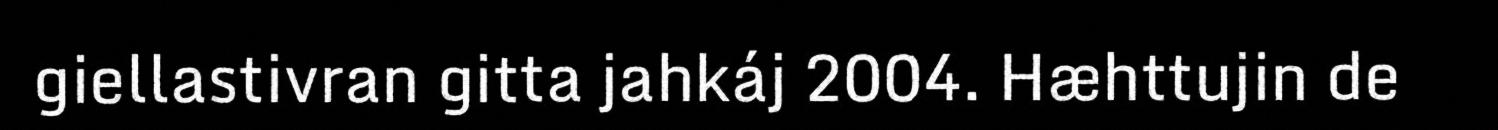
giellastivran gitta jahkáj 2004. Hæhttujin de